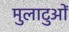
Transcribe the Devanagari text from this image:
मुलाटुओं